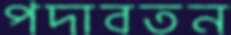
পদাবতন